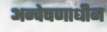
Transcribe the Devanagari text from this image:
अन्वेषणाधीन